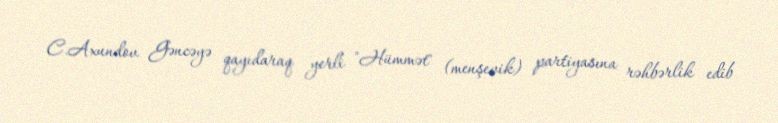
C.Axundov Gəncəyə qayıdaraq yerli "Hümmət" (menşevik) partiyasına rəhbərlik edib